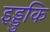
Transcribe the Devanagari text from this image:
इड्डुकि